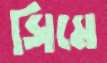
সিমে